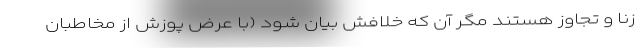
زنا و تجاوز هستند مگر آن که خلافش بیان شود (با عرض پوزش از مخاطبان